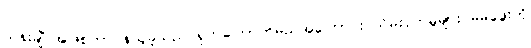
သန်းချီ အဖြစ်တာဝန်ယူခဲ့သည် ရှက်ကြောက်မည်အကြောင်း သိမ်းပိုက်မှုများ မမဖွေးကို